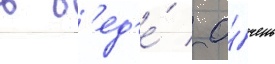
в б'ед'е́ / о́чень